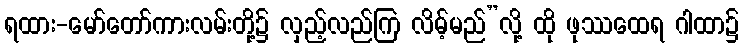
ရထား-မော်တော်ကားလမ်းတို့၌ လှည့်လည်ကြ လိမ့်မည်”လို့ ထို ဖုဿထေရ ဂါထာ၌